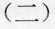
(二)